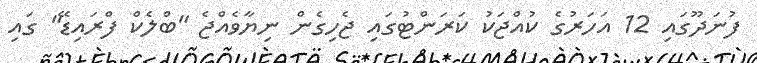
ފުނަދޫގައި 12 އަހަރުގެ ކުއްޖަކު ކަރަންޓުގައި ޖެހިގެން ނިޔާވެއްޖެ "ބްލެކް ފްރައިޑޭ" ގައި